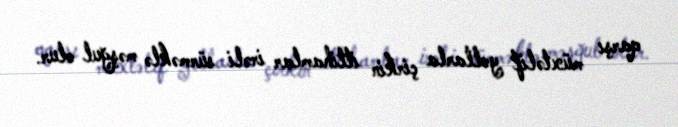
qarşı müxtəlif yollarla çirkin ittihamlar irəli sürməklə məşğul olur.